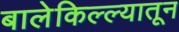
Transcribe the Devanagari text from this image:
बालेकिल्ल्यातून